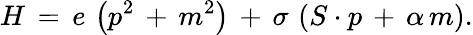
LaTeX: H\, =\, e\, \left(p^{2}\, +\, m^{2}\right)\, +\, \sigma\, \left(S\cdot p\, +\, \alpha\, m\right).